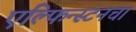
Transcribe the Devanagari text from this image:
एल्फिन्स्टनचा